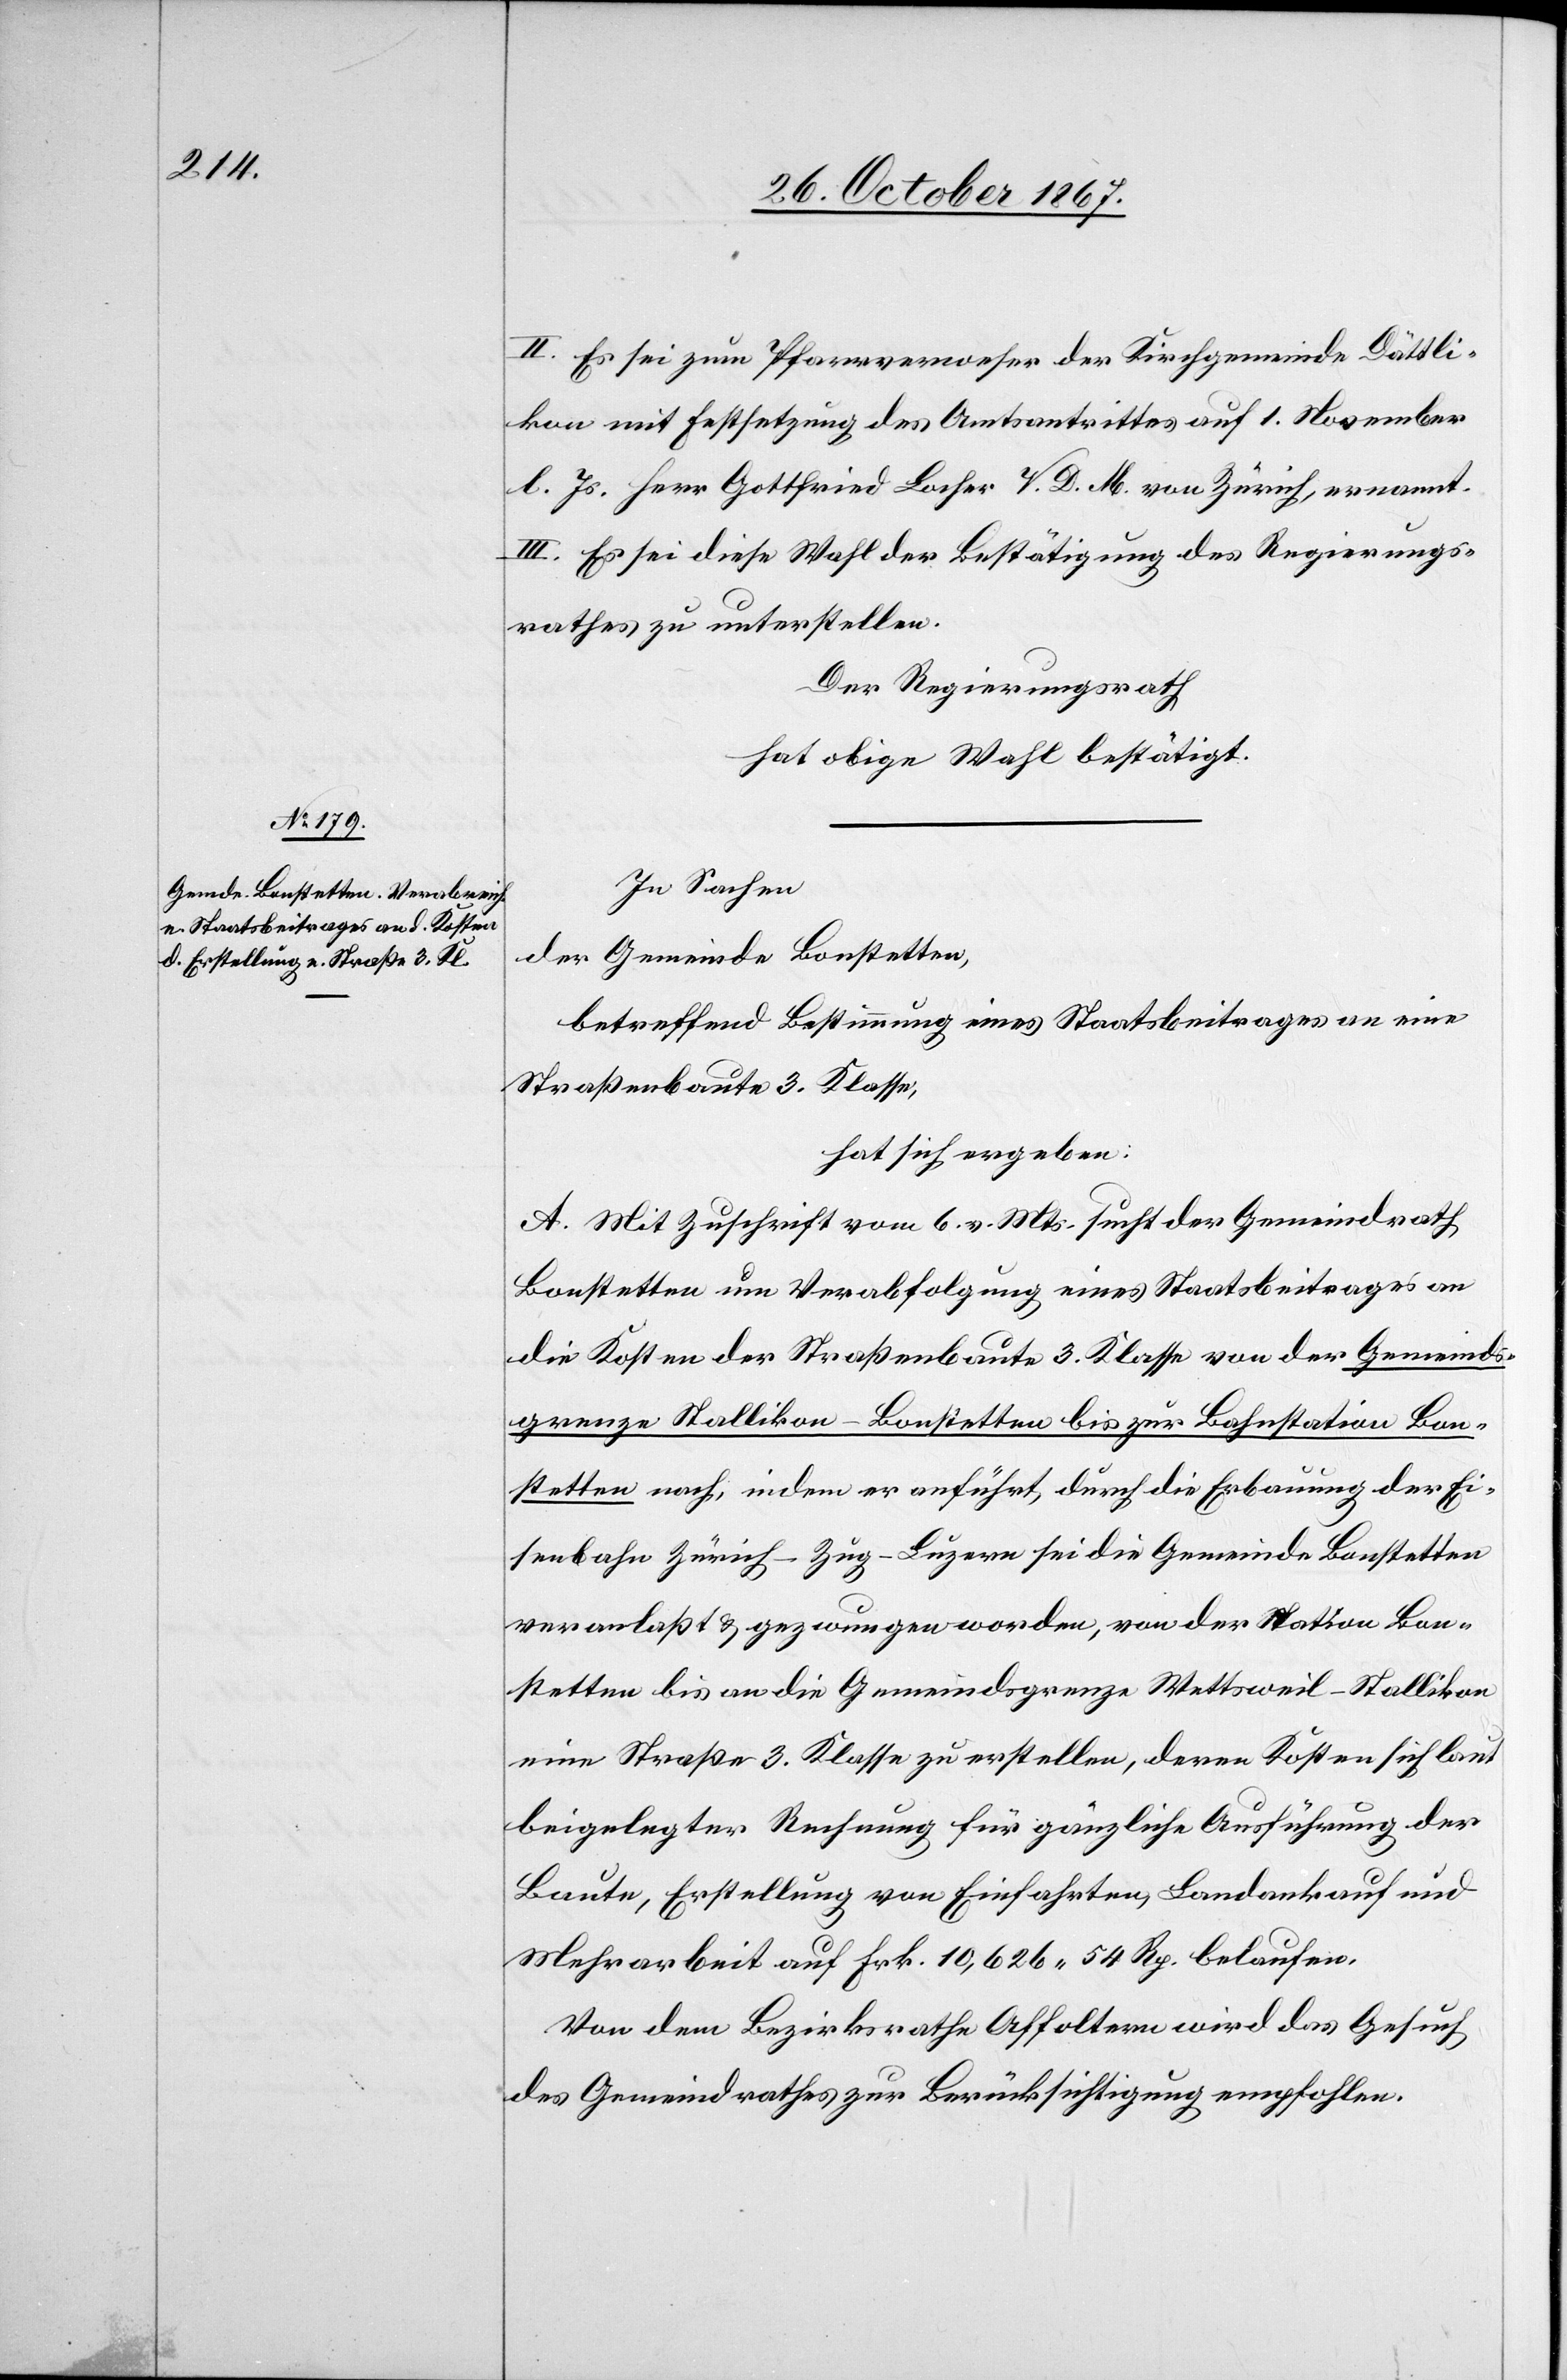
II. Es sei zum Pfarrverweser der Kirchgemeinde Dättli¬
kon mit Festsetzung des Amtsantrittes auf 1. November
l. Js. Herr Gottfried Locher V. D. M. von Zürich, ernannt.
III. Es sei diese Wahl der Bestätigung des Regierungs¬
rathes zu unterstellen.
Der Regierungsrath,
hat obige Wahl bestätigt.
In Sachen
der Gemeinde Bonstetten,
betreffend Bestimmung eines Staatsbeitrages an eine
Straßenbaute 3. Klasse,
hat sich ergeben:
A. Mit Zuschrift vom 6. v. Mts. sucht der Gemeindrath
Bonstetten um Verabfolgung eines Staatsbeitrages an
die Kosten der Straßenbaute 3. Klasse von der Gemeinds¬
grenze Stallikon-Bonstetten bis zur Bahnstation Bon¬
stetten nach, indem er anführt, durch die Erbauung der Ei¬
senbahn Zürich–Zug–Luzern sei die Gemeinde Bonstetten
veranlaßt u. gezwungen worden, von der Station Bon¬
stetten bis an die Gemeindsgrenze Wettsweil-Stallikon
eine Straße 3. Klasse zu erstellen, deren Kosten sich laut
beigelegter Rechnung für gänzliche Ausführung der
Baute, Erstellung von Einfahrten, Landankauf und
Mehrarbeit auf Frk. 10 626.54 Rp. belaufen.
Von dem Bezirksrathe Affoltern wird das Gesuch
des Gemeindrathes zur Berücksichtigung empfohlen.